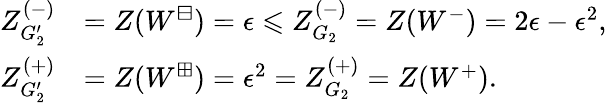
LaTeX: \begin{array}{rl}{Z_{G_{2}^{\prime}}^{(-)}}&{=Z(W^{\boxminus})=\epsilon\leqslant Z_{G_{2}}^{(-)}=Z(W^{-})=2\epsilon-\epsilon^{2},}\\ {Z_{G_{2}^{\prime}}^{(+)}}&{=Z(W^{\boxplus})=\epsilon^{2}=Z_{G_{2}}^{(+)}=Z(W^{+}).}\end{array}